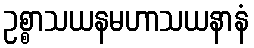
ဥစ္စာသယနမဟာသယနာနံ